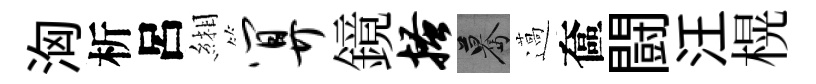
洶析呂緗算鏡搔驀薖奩闘汪榥